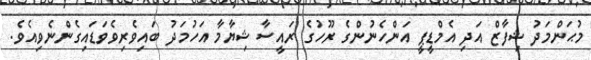
މުޙަންމަދު ޝިފާޒް އަދި އެމްޑީޕީ އަންހެނުންގެ ރޫހުގެ ރައީސާ ޝިޔާމާ އަހުމަދު ބައިވެރިވެވަޑައިގެންނެވިއެވެ.